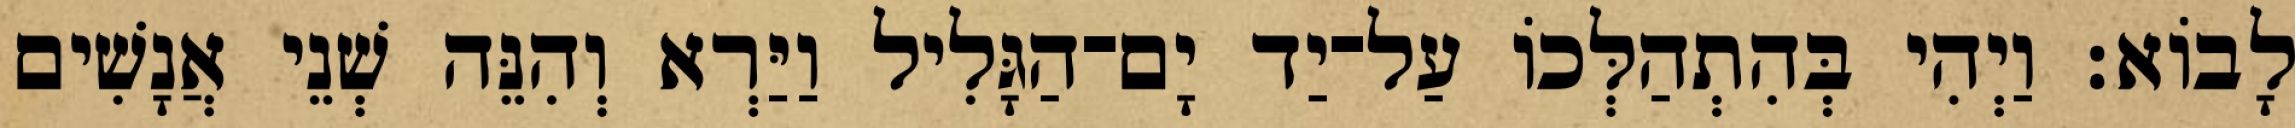
לָבוֹא׃ וַיְהִי בְּהִתְהַלְּכוֹ עַל־יַד יָם־הַגָּלִיל וַיַּרְא וְהִנֵּה שְׁנֵי אֲנָשִׁים